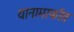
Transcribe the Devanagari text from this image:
यानामार्फात